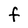
Character: F